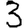
Digit: 3